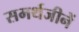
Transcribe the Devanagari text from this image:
समर्थजीनें